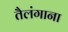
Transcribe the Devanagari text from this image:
तैलंगाना